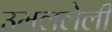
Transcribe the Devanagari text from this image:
उमललेली